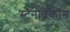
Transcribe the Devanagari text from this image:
स्टेनोब्रेकॉन